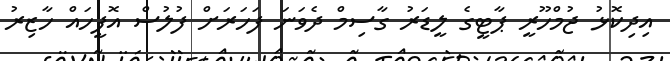
އިދިކޮޅު ޖުމްހޫރީ ޕާޓީގެ ލީޑަރު ގާސިމް ދެވަނަ ފަހަރަށް ފުލުސް އޮފީހައް ހާޒިރު